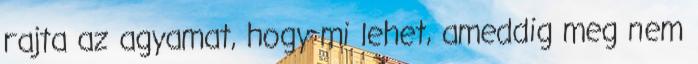
rajta az agyamat, hogy mi lehet, ameddig meg nem